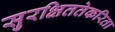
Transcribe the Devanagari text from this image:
सुरक्षिततेकरिता